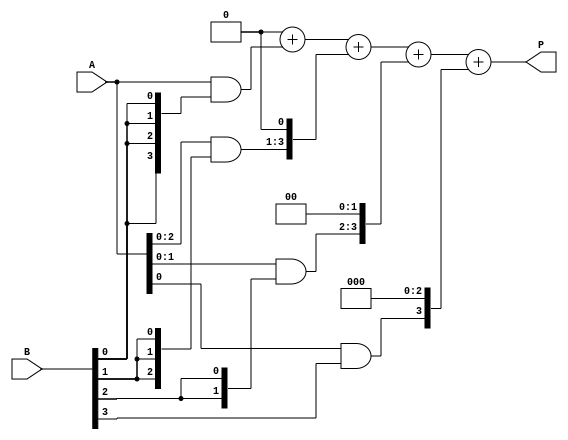
module VedicMultiplier #(parameter n = 4) (
    input [n-1:0] A,
    input [n-1:0] B,
    output reg [2*n-1:0] P
);
    
    reg [n-1:0] partial_products[n-1:0]; // Array to hold partial products
    reg [2*n-1:0] sum;  // Intermediate sum holder

    integer i, j;

    // Partial product generation
    always @(*) begin
        // Initialize output to zero
        P = 0;

        // Generating partial products
        for (i = 0; i < n; i = i + 1) begin
            // A * b[i] for each bit of B
            partial_products[i] = A & {n{B[i]}};
            // Shift the partial product accordingly
            if (i > 0)
                partial_products[i] = partial_products[i] << i;
        end

        // Add all partial products
        sum = 0;
        for (j = 0; j < n; j = j + 1) begin
            sum = sum + partial_products[j];
        end
        
        // Assign the sum to the product output
        P = sum;
    end
        
endmodule